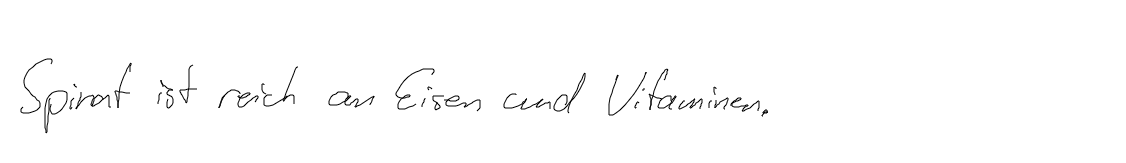
Spinat ist reich an Eisen und Vitaminen.